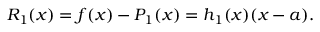
R _ { 1 } ( x ) = f ( x ) - P _ { 1 } ( x ) = h _ { 1 } ( x ) ( x - a ) .